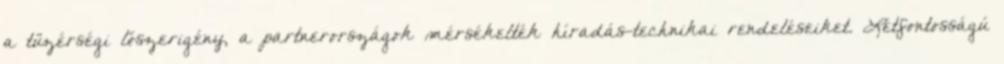
a tüzérségi lőszerigény, a partnerországok mérsékelték híradás-technikai rendeléseiket. Létfontosságú